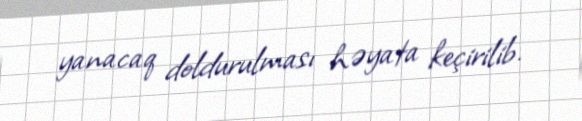
yanacaq doldurulması həyata keçirilib.